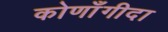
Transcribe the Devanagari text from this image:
कोणाँगीदा